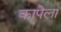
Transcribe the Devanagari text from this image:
कापेला